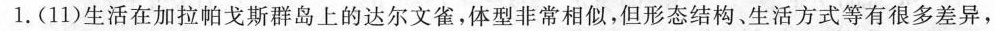
1.(11)生活在加拉帕戈斯群岛上的达尔文雀，体型非常相似，但形态结构、生活方式等有很多差异，